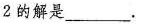
2的解是___.